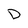
Character: D